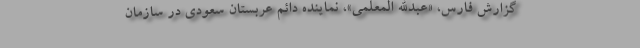
گزارش فارس، «عبدالله المعلمی»، نماینده دائم عربستان سعودی در سازمان